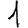
Digit: 1